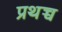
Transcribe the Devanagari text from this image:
प्रथच्च